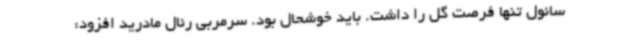
سائول تنها فرصت گل را داشت. باید خوشحال بود. سرمربی رئال مادرید افزود: